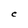
Character: C